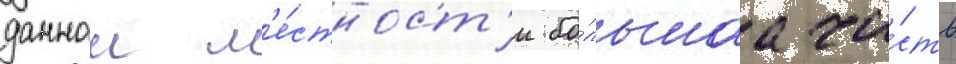
даннои м'е́стност'и бо́льшаа ча́сть